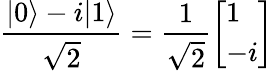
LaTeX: {\frac{|0\rangle-i|1\rangle}{\sqrt{2}}}={\frac{1}{\sqrt{2}}}{\left[\begin{array}{l}{1}\\ {-i}\end{array}\right]}